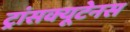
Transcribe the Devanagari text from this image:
ट्रांसक्यूटेनस